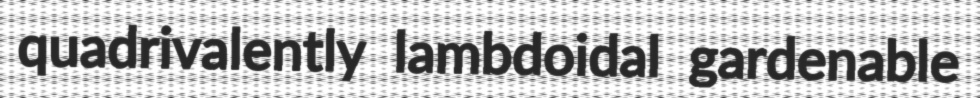
quadrivalently lambdoidal gardenable